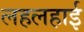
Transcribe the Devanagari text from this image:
लहलहाई